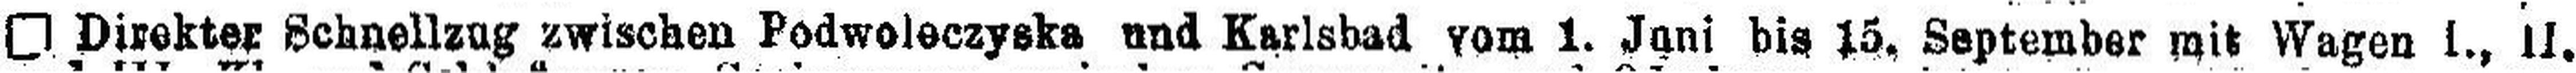
□ Direkter Schnellzug zwischen Podwoleczyska und Karlsbad vom 1. Juni bis 15, September mit Wagen I., II.